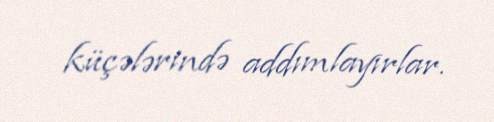
küçələrində addımlayırlar.